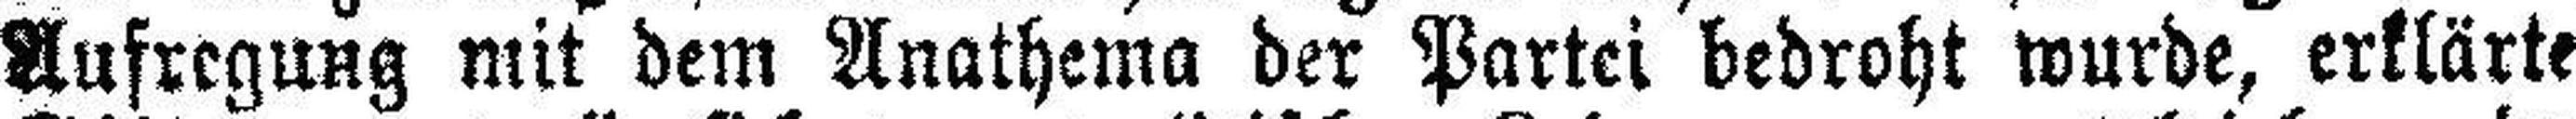
Aufregung mit dem Anathema der Partei bedroht wurde, erklärte